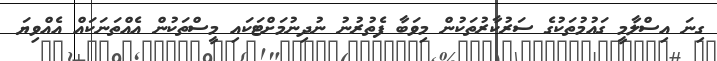
ގިނަ އިސްލާމީ ގައުމުތަކުގެ ސަރުކާރުތަކުން މިވަބާ ފެތުރުނު ނުދިނުމަށްޓަކައި މީސްތަކުން އެއްތަނަކައް އެއްވިޔަ